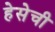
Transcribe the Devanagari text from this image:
हेसेची